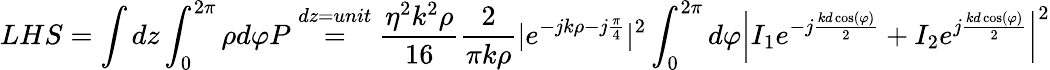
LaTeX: LHS=\int dz\int_{0}^{2\pi}\rho d\varphi P\stackrel{dz=unit}{=}\frac{\eta^{2}k^{2}\rho}{16}\frac{2}{\pi k\rho}|e^{-jk\rho-j\frac{\pi}{4}}|^{2}\int_{0}^{2\pi}d\varphi\left|I_{1}e^{-j\frac{kd\cos(\varphi)}{2}}+I_{2}e^{j\frac{kd\cos(\varphi)}{2}}\right|^{2}